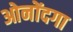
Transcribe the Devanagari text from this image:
ओनोंदगा